Report of the veterinary officer investigating camel disease
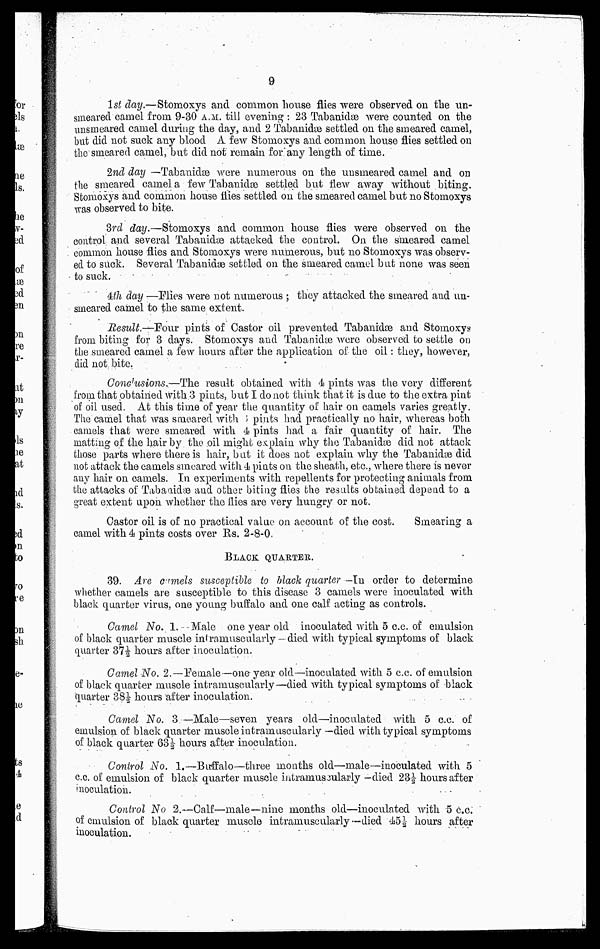
9
1st day.—Stomoxys and common house flies were observed on the un-
smeared camel from 9-30 A.M.. till evening : 23 Tabanidæ were counted on the
imsmeared camel during the day, and 2 Tabanidæ settled on the smeared camel,
but did not suck any blood A few Stomoxys and common house flies settled on
the smeared camel, but did not remain for any length of time.
2nd day —Tabanidæ were numerous on the unsmeared camel and on
the smeared camel a few Tabanidæ settled but flew away without biting.
Stomoxys and common house flies settled on the smeared camel but no Stomoxys
was observed to bite.
3rd day.—Stomoxys and common house flies were observed on the
control and several Tabanidæ attacked the control. On the smeared camel
common house flies and Stomoxys were numerous, but no Stomoxys was observ-
ed to suck. Several Tabanidæ settled on the smeared camel but none was seen
to suck.
4th day —Flies were not numerous ; they attacked the smeared and un-
smeared camel to the same extent.
Result.—Four pints of Castor oil prevented Tabanidæ and Stomoxys
from biting for 3 days. Stomoxys and Tabanidæ were observed to settle on
the smeared camel a few hours after the application of the oil : they, however,
did not bite.
Conclusions.—The result obtained with 4 pints was the very different
from that obtained with 3 pints, but I do not think that it is due to the extra pint
of oil used. At this time of year the quantity of hair on camels varies greatly.
The camel that was smeared with ; pints had practically no hair, whereas both
camels that were smeared with 4 pints had a fair quantity of hair. The
matting of the hair by the oil might explain why the Tabanidæ did not attack
those parts where there is hair, but it does not explain why the Tabanidæ did
not attack the camels smeared with 4 pints on the sheath, etc., where there is never
any hair on camels. In experiments with repellents for protecting animals from
the attacks of Tabanidæ and other biting flies the results obtained depend to a
great extent upon whether the flies are very hungry or not.
Castor oil is of no practical value on account of the co3t.
Smearing a
camel with 4 pints costs over Rs. 2-8-0.
BLACK QUARTER.
39. Are camels susceptible to black quarter — In order to determine
whether camels are susceptible to this disease 3 camels were inoculated with
black quarter virus, one young buffalo and one calf acting as controls.
Camel No. 1. Male one year old inoculated with 5 c.c. of emulsion
of black quarter muscle intramuscularly - died with typical symptoms of black
quarter 37½ hours after inoculation.
Camel No. 2.—female—one year old—inoculated with 5 c.c. of emulsion
of black quarter muscle intramuscularly—died with typical symptoms of black
quarter 38½ hours after inoculation.
Camel No. 3 —Male—seven years old—inoculated with 5 c.c. of
emulsion of black quarter muscle intramuscularly —died with typical symptoms
of black quarter 63 ½ hours after inoculation.
Control No. 1.—Buffalo—three months old—male—inoculated with 5
c.c. of emulsion of black quarter muscle intramuscularly -died 23½ hours after
inoculation.
Control No 2.—Calf—male—nine months old—inoculated with 5 c.c.
of emulsion of black quarter muscle intramuscularly —died 45½ hours after
inoculation.